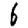
Digit: 6